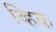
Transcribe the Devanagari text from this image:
व्हिक